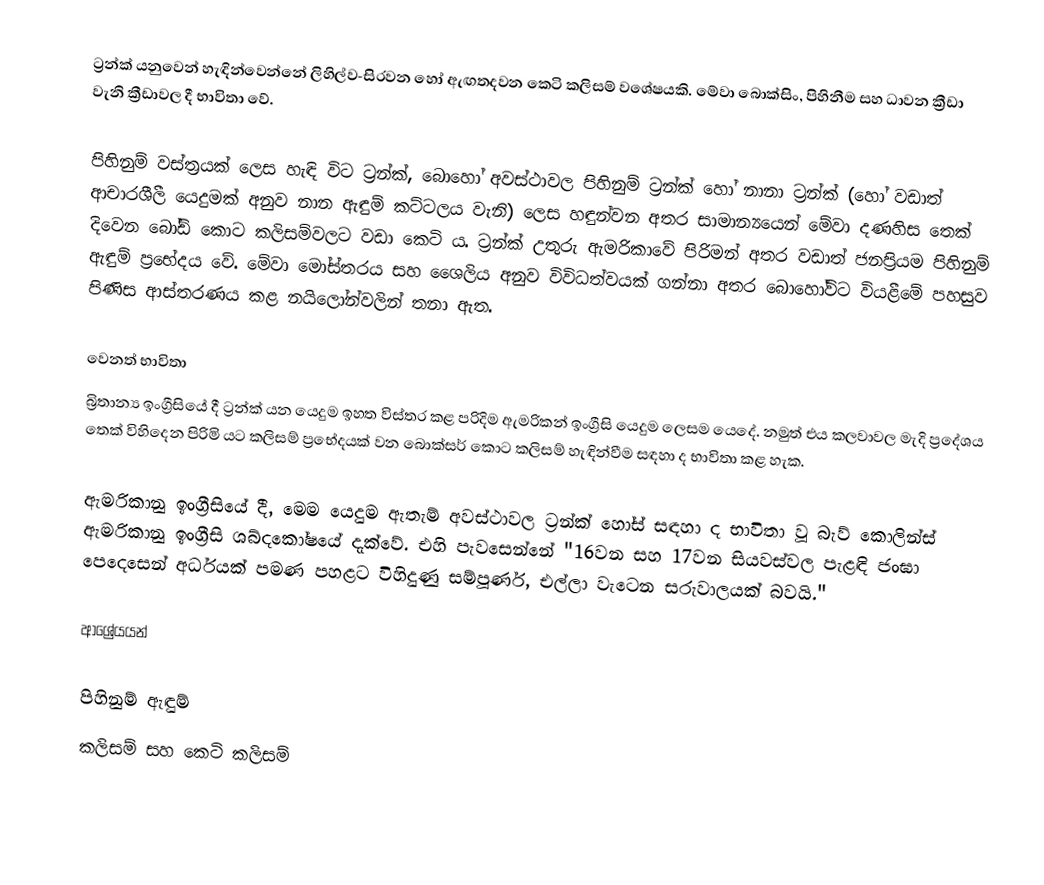
ට්‍රන්ක් යනුවෙන් හැඳින්වෙන්නේ ලිහිල්ව-සිරවන හෝ ඇඟතදවන කෙටි කලිසම් වශේෂයකි. මේවා බොක්සිං, පිහිනීම සහ ධාවන ක්‍රීඩා වැනි ක්‍රීඩාවල දී භාවිතා වේ.

පිහිනුම් වස්ත්‍රයක් ලෙස හැඳි විට ට්‍රන්ක්, බොහෝ අවස්ථාවල පිහිනුම් ට්‍රන්ක් හෝ නානා ට්‍රන්ක් (හෝ වඩාත් ආචාරශීලී යෙදුමක් අනුව නාන ඇඳුම් කට්ටලය වැනි) ලෙස හඳුන්වන අතර සාමාන්‍යයෙන් මේවා දණහිස තෙක් දිවෙන බෝඩ් කොට කලිසම්වලට වඩා කෙටි ය. ට්‍රන්ක් උතුරු ඇමරිකාවේ පිරිමන් අතර වඩාත් ජනප්‍රියම පිහිනුම් ඇඳුම් ප්‍රභේදය වේ. මේවා මෝස්තරය සහ ශෛලිය අනුව විවිධත්වයක් ගන්නා අතර‍ බොහෝවිට වියළීමේ පහසුව පිණිස ආස්තරණය කළ නයිලෝන්වලින් තනා ඇත.

වෙනත් භාවිතා
බ්‍රිතාන්‍ය ඉංග්‍රීසියේ දී ට්‍රන්ක් යන යෙදුම ඉහත විස්තර කළ පරිදිම ඇමරිකන් ඉංග්‍රීසි යෙදුම ලෙසම යෙදේ. නමුත් එය කලවාවල මැදි ප්‍රදේශය තෙක් විහිදෙන පිරිමි යට කලිසම් ප්‍රභේදයක් වන බොක්සර් කොට කලිසම් හැඳින්වීම සඳහා ද භාවිතා කළ හැක.

ඇමරිකානු ඉංග්‍රීසියේ දී, මෙම යෙදුම ඇතැම් අවස්ථාවල ට්‍රන්ක් හෝස් සඳහා ද භාවිතා වූ බැව් කොලින්ස් ඇමරිකානු ඉංග්‍රීසි ශබ්දකෝෂයේ දැක්වේ. එහි පැවසෙන්නේ "16වන සහ 17වන සියවස්වල පැළඳි ජංඝා පෙදෙසෙන් අර්ධයක් පමණ පහළට විහිදුණු සම්පූර්ණ, එල්ලා වැටෙන සරුවාලයක් බවයි."

ආශ්‍රේයයන්

පිහිනුම් ඇඳුම්
කලිසම් සහ කෙටි කලිසම්